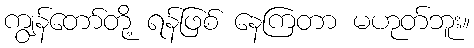
ကျွန်တော်တို့ ရန်ဖြစ် နေကြတာ မဟုတ်ဘူး။